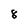
Character: 8